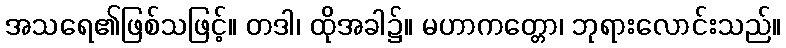
အသရေ၏ဖြစ်သဖြင့်။ တဒါ၊ ထိုအခါ၌။ မဟာကတ္တော၊ ဘုရားလောင်းသည်။